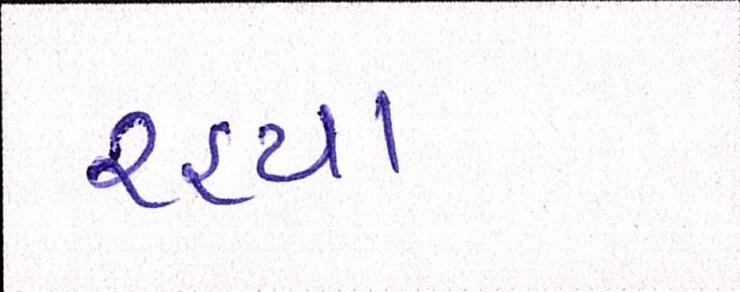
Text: રહ્યા